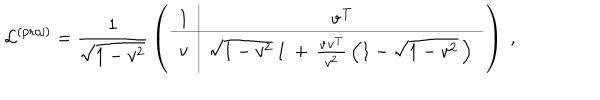
\mathcal { L } ^ { \mathrm { ( p r o j ) } } = \frac { 1 } { \sqrt { 1 - v ^ { 2 } } } \, \left( \begin{array} { c | c } { { 1 } } & { { \mathbf { v } ^ { T } } } \\ \hline { { \mathbf { v } } } & { { \sqrt { 1 - v ^ { 2 } } \, { \bf 1 } \, + \, \frac { \mathbf { v } \mathbf { v } ^ { T } } { v ^ { 2 } } \, \left( 1 - \sqrt { 1 - v ^ { 2 } } \, \right) \, } } \\ \end{array} \right) ~ ,